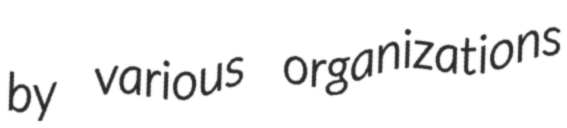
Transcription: by various organizations